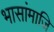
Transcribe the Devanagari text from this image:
भासांमाजि